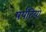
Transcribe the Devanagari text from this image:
पर्पटियो